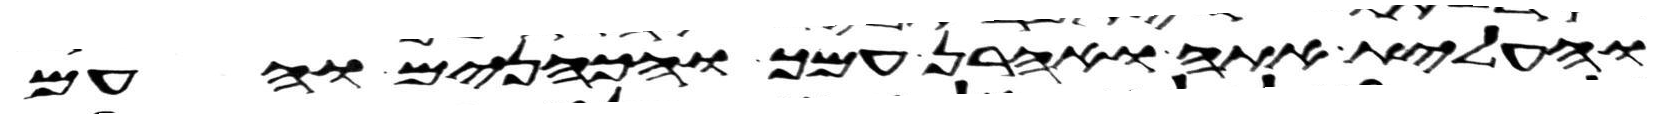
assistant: ועלית אתה ואהרן עמך והכהנים והעם